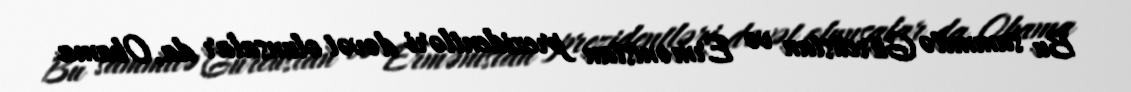
Bu sammitə Gürcüstan və Ermənistan prezidentləri dəvət olunsalar da, Obama